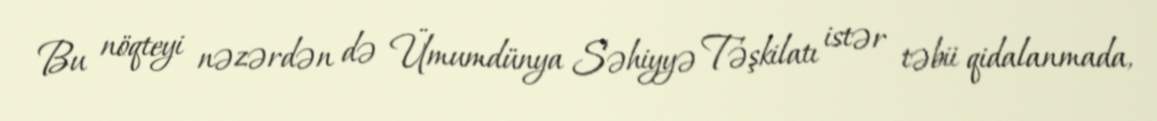
Bu nöqteyi nəzərdən də Ümumdünya Səhiyyə Təşkilatı istər təbii qidalanmada,